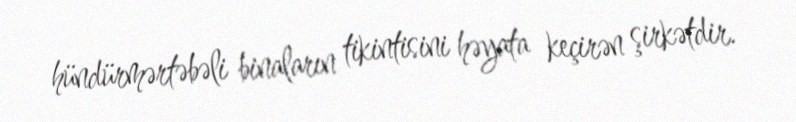
hündürmərtəbəli binaların tikintisini həyata keçirən şirkətdir.